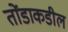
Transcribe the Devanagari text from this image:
तोंडाकडील